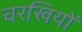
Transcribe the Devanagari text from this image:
चरखियों